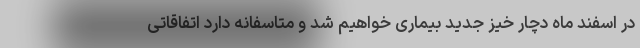
در اسفند ماه دچار خیز جدید بیماری خواهیم شد و متاسفانه دارد اتفاقاتی